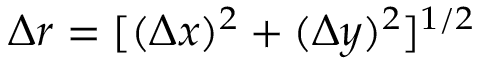
\Delta r = [ ( \Delta x ) ^ { 2 } + ( \Delta y ) ^ { 2 } ] ^ { 1 / 2 }